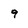
Character: 9